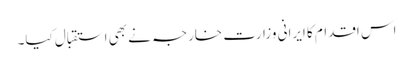
اس اقدام کا ایرانی وزارت خارجہ نے بھی استقبال کیا۔